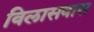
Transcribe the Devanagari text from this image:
विलासवास